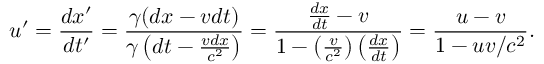
u ^ { \prime } = { \frac { d x ^ { \prime } } { d t ^ { \prime } } } = { \frac { \gamma ( d x - v d t ) } { \gamma \left( d t - { \frac { v d x } { c ^ { 2 } } } \right) } } = { \frac { { \frac { d x } { d t } } - v } { 1 - \left( { \frac { v } { c ^ { 2 } } } \right) \left( { \frac { d x } { d t } } \right) } } = { \frac { u - v } { 1 - u v / c ^ { 2 } } } .